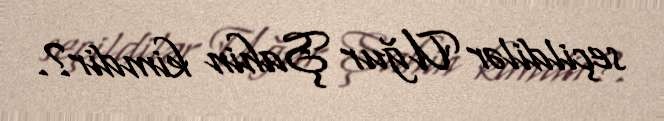
seçildilər Uğur Şahin kimdir?.